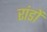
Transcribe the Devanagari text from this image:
रांडों